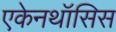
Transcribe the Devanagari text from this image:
एकेनथॉसिस